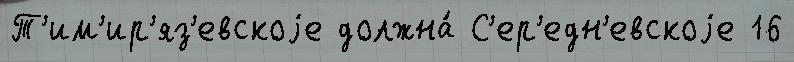
Т'им'ир'яз'евскоjе должна́ С'ер'едн'евскоjе 16